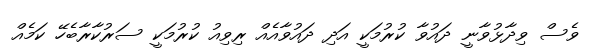
ވެސް ވިދާޅުވާނީ ދައުވާ ކުރުމަކީ އަދި ދައުވާއެއް ރިވިއު ކުރުމަކީ ސަރުކާރާބެހޭ ކަމެއް